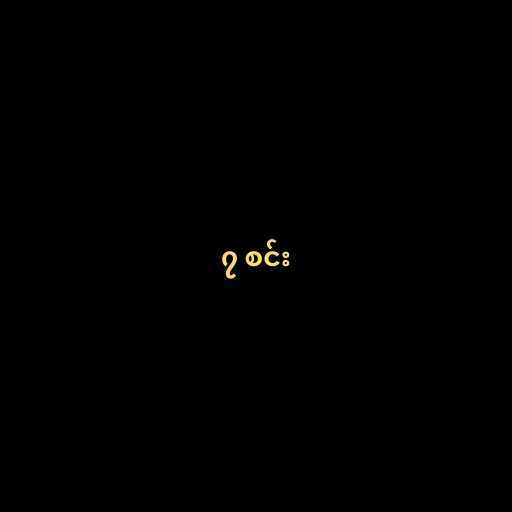
၇ စင်း